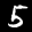
Label: 5